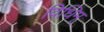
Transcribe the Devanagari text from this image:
विधिम्